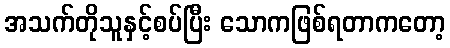
အသက်တိုသူနှင့်စပ်ပြီး သောကဖြစ်ရတာကတော့